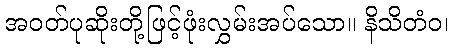
အဝတ်ပုဆိုးတို့ဖြင့်ဖုံးလွှမ်းအပ်သော။ နိသိတံဝ၊